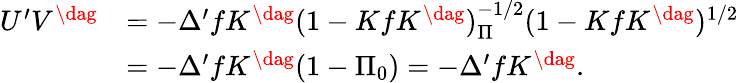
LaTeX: \begin{array}{rl}{{U^{\prime}V^{\dag}}}&{{=-\Delta^{\prime}fK^{\dag}(1-KfK^{\dag})_{\Pi}^{-1/2}(1-KfK^{\dag})^{1/2}}}\\ {{}}&{{=-\Delta^{\prime}fK^{\dag}(1-\Pi_{0})=-\Delta^{\prime}fK^{\dag}.}}\end{array}